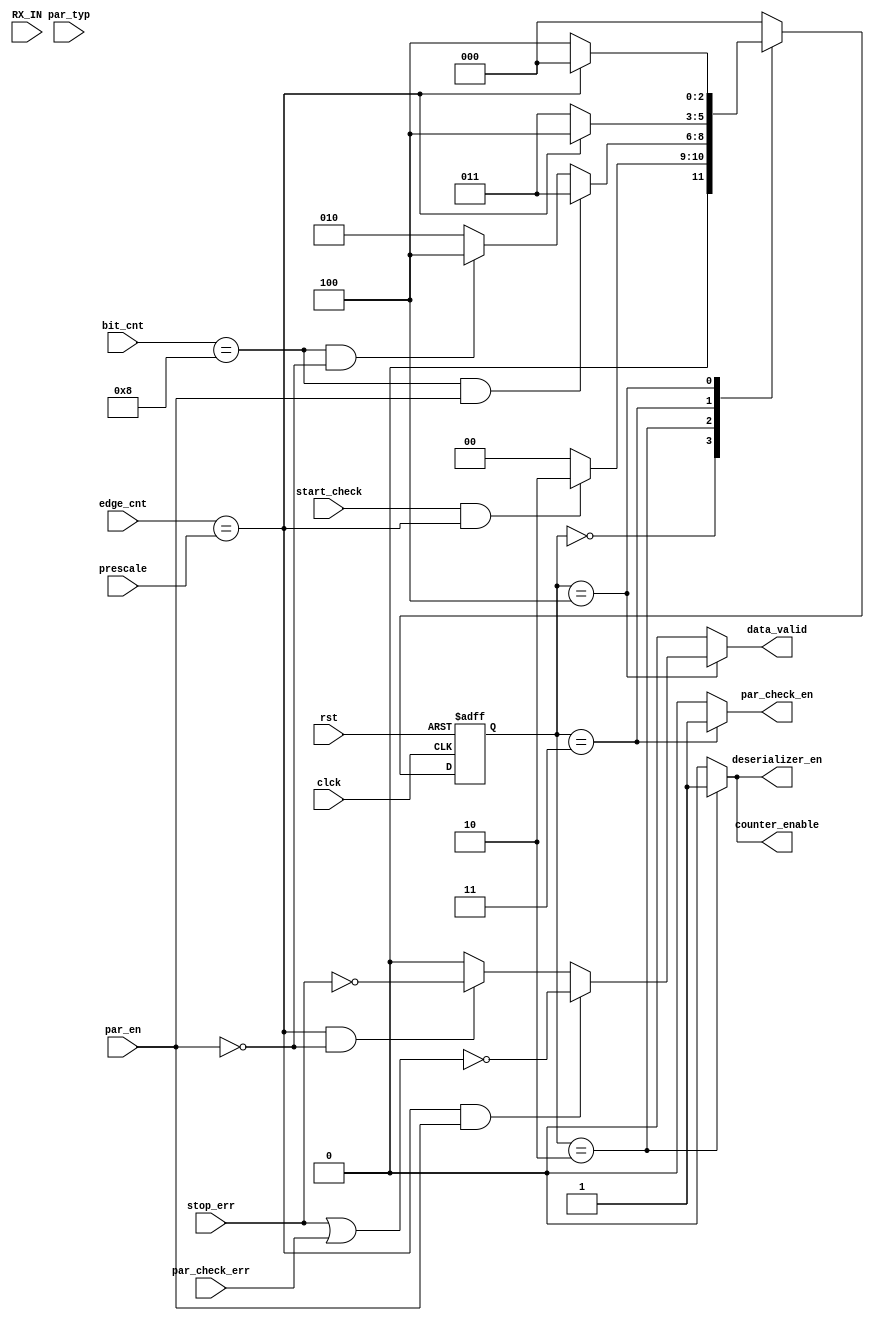
module UART_RX_FSM(start_check,RX_IN,par_en,par_typ,bit_cnt,edge_cnt,prescale,par_check_err,stop_err,clck,rst,data_valid,par_check_en,counter_enable,deserializer_en);
input start_check,RX_IN,par_en,par_typ,par_check_err,stop_err,clck,rst;
input [5:0] prescale;
input [4:0] bit_cnt;
input [5:0] edge_cnt;
output reg data_valid,par_check_en,counter_enable,deserializer_en;

localparam IDLE=3'b000 ,start=3'b001 ,data=3'b010 ,parity_check=3'b011 ,stop_check=3'b100;

reg [2:0] current_state,next_state;

always @(posedge clck or negedge rst)
begin
    if(rst==0)
   begin
    current_state <= IDLE ;
   end
  else
   begin
    current_state <= next_state ;
   end
 end

always @(*)
begin
    case (current_state)
    IDLE :begin
        if (start_check==1 && edge_cnt==prescale)
        begin
            next_state=data;
        end
        else
        begin
            next_state=IDLE;
        end
    end


    data : begin
        if (bit_cnt==8 && par_en==1)
        begin
            next_state=parity_check;
        end
        else if (bit_cnt==8 && par_en==0)
        begin
            next_state=stop_check;
        end
        else
        begin
            next_state=data;
        end
    end

    parity_check : begin
        if (edge_cnt==prescale)
        begin
            next_state= stop_check;
        end
        else
        begin
            next_state=parity_check;
        end
    end

    stop_check : begin
        if (edge_cnt==prescale)
        begin
        next_state=IDLE;
        
        end
        else
        begin
            next_state=stop_check;
        end
    end
     default : next_state=IDLE;
endcase
end

always @(*)
begin
    case (current_state)
    IDLE : begin
        data_valid=0;
        par_check_en=0;
        counter_enable=0;
        deserializer_en=0;
    end

    data : begin
        data_valid=0;
        par_check_en=0;
        counter_enable=1;
        deserializer_en=1;
    end

    parity_check : begin
        data_valid=0;
        par_check_en=1;
        counter_enable=0;
        deserializer_en=0;
    end

    stop_check : begin
        if (edge_cnt==prescale && par_en==1)
        begin
            data_valid=~(stop_err | par_check_err);
        end
        else if (edge_cnt==prescale && par_en==0)
        begin
            data_valid=~stop_err;
        end
        else
        begin
            data_valid=0;
        end
        par_check_en=0;
        counter_enable=0;
        deserializer_en=0;
    end

    default : begin
        data_valid=0;
        par_check_en=0;
        counter_enable=0;
        deserializer_en=0;
    end

endcase

end

endmodule